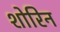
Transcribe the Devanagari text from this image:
शोरिन